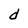
Character: d